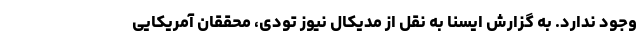
وجود ندارد. به گزارش ایسنا به نقل از مدیکال نیوز تودی، محققان آمریکایی